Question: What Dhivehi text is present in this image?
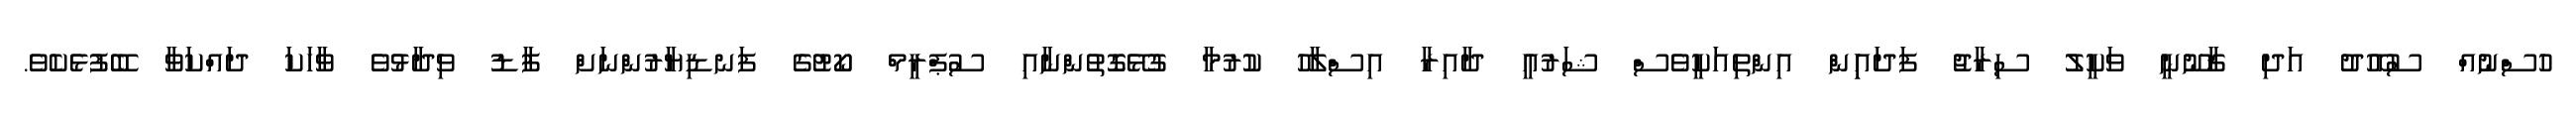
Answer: ހުސްނުއް ސުއޫދު އަދި ޤާނޫނީ ވަކީލު ސިރާޖު ފަދައިިން އިންތިއަކީވެސް ޝަރުއީ ދާއިރާ އިސްލާހު ކުރުމާ ގުޅޭގޮތުންނާއި ސުޕްރީމް ކޯޓުގެ ފަނޑިޔާރުންނަށް ފާޑު ވިދާޅުވެ ވާހަކަ ދައްކަވާ ބޭފުޅެކެވެ.